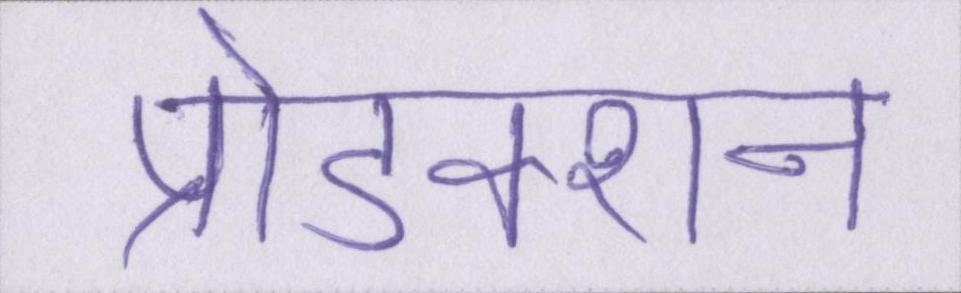
प्रोडक्शन